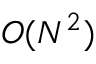
O ( N ^ { 2 } )